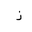
Letter: _zay